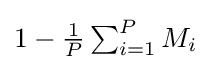
1-\textstyle {\frac {1}{P}}\textstyle \sum _{i=1}^{P}M_{i}